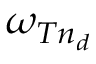
\omega _ { T n _ { d } }